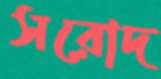
সরোদ